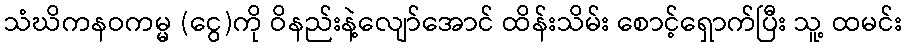
သံဃိကနဝကမ္မ (ငွေ)ကို ဝိနည်းနဲ့လျော်အောင် ထိန်းသိမ်း စောင့်ရှောက်ပြီး သူ့ ထမင်း